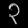
Digit: ၃